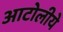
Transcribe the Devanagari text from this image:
आटोलीये